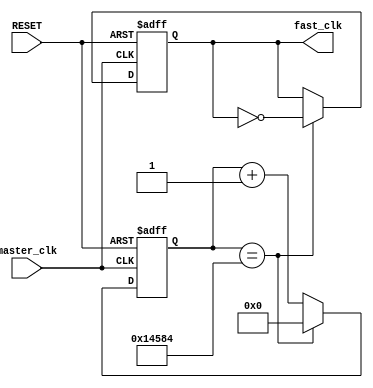
`timescale 1ns / 1ps
//////////////////////////////////////////////////////////////////////////////////
// Company: 
// Engineer: 
// 
// Design Name: 
// Module Name: clocks
// Project Name: 
// Target Devices: 
// Tool Versions: 
// Description: 
// 
// Dependencies: 
// 
// Revision:
// Revision 0.01 - File Created
// Additional Comments:
// 
//////////////////////////////////////////////////////////////////////////////////


module clocks(master_clk, RESET, fast_clk);

    input master_clk;
    input RESET;
    // output wire one_clk;
    // output wire two_clk;
    output wire fast_clk;
    // output wire blink_clk;
    
    // reg [31:0] one_clk_counter;
    // reg [31:0] two_clk_counter;
    reg [31:0] fast_clk_counter;
    // reg [31:0] blink_clk_counter;
    
    // reg curr_one_clk;
    // reg curr_two_clk;
    reg curr_fast_clk;
    // reg curr_blink_clk;
    
    // add RESET later
    always @ (posedge master_clk or posedge RESET) begin
    
        // one hz clock
        // if (RESET == 1'b1) begin
        //     curr_one_clk <= 1'b0;
        //     one_clk_counter <= 32'd0;
        // end
        // else if (one_clk_counter == 32'd50000000 - 32'b1) begin
        //     curr_one_clk <= ~one_clk;
        //     one_clk_counter <= 32'b0;
        // end
        // else begin
        //     one_clk_counter <= one_clk_counter + 1;
        //     curr_one_clk <= one_clk;
        // end
    
        // // two hz clock
        // if (RESET == 1'b1) begin
        //     curr_two_clk <= 1'b0;
        //     two_clk_counter <= 32'd0;
        // end
        // else if (two_clk_counter == 32'd25000000 - 32'd1) begin
        //     curr_two_clk <= ~two_clk;
        //     two_clk_counter <= 32'b0;
        // end
        // else begin
        //     two_clk_counter <= two_clk_counter + 1;
        //     curr_two_clk <= two_clk;
        // end

        // ~ 600 hz fast clock
        if (RESET == 1'b1) begin
            curr_fast_clk <= 1'b0;
            fast_clk_counter <= 32'd0;
        end
        else if (fast_clk_counter == 32'd83333 - 32'd1) begin
            curr_fast_clk <= ~fast_clk;
            fast_clk_counter <= 32'd0;
        end
        else begin
            fast_clk_counter <= fast_clk_counter + 1;
            curr_fast_clk <= fast_clk;
        end
        
        // blink
        // if (RESET == 1'b1) begin
        //     curr_blink_clk <= 1'b0;
        //     blink_clk_counter <= 32'd0;
        // end
        // else if (blink_clk_counter == 32'd12500000 - 32'd1) begin
        //     curr_blink_clk <= ~blink_clk;
        //     blink_clk_counter <= 32'd0;
        // end
        // else begin
        //     blink_clk_counter <= blink_clk_counter + 1;
        //     curr_blink_clk <= blink_clk;
        // end

    end
    
    // assign one_clk = curr_one_clk;
    // assign two_clk = curr_two_clk;
    assign fast_clk = curr_fast_clk;
    // assign blink_clk = curr_blink_clk;
    
endmodule